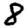
Digit: 8